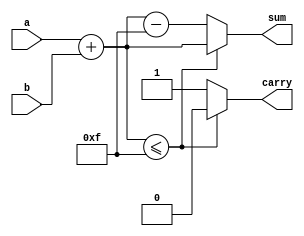
module lab_4_1_1(a,b,sum,carry);

    input wire[3:0] a,b;
    output reg[3:0] sum;
    output reg carry;
    
    task add_two_values_task();
        input wire[3:0] a;
        input wire[3:0] b;
        output reg[3:0] sum;
        output reg carry;
        
        begin
            if (a+b <= 4'b1111)
                begin
                    carry = 0;
                    sum = a + b;
                end
            else
                begin
                    carry = 1;
                    sum = a + b - 4'b1111;
                end
        end
        
    endtask

    always @(a,b)
        add_two_values_task(a,b,sum,carry);

endmodule